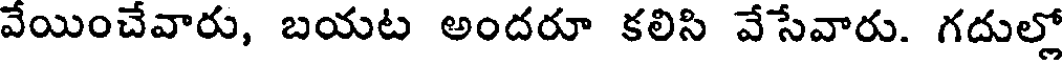
వేయించేవారు, బయట అందరూ కలిసి వేసేవారు. గదుల్లో